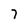
Character: 7